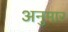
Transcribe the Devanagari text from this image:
अनुमार